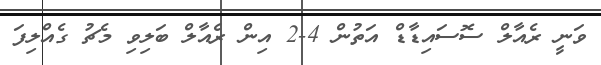
ވަނީ ރެއާލް ސޮސައިޑާޑް އަތުން 4-2 އިން ރެއާލް ބަލިވި މެޗު ގެއްލިފަ